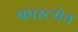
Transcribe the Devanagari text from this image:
फास्टमेन